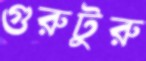
গুরুটুরু